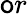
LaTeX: \mathsf{o}r